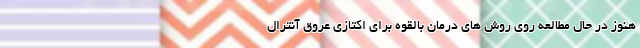
هنوز در حال مطالعه روی روش های درمان بالقوه برای اکتازی عروق آنترال